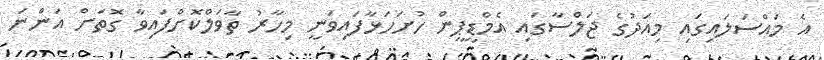
އެ މައްސަލައިގައި މިއަދުގެ ޖަލްސާގައި އެމްޑީޕީން ހުށަހަޅާފައިވަނީ މިހާރު ތާވަލްކޮށްފައިވާ ގޮތަށް އަންނަ